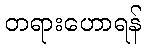
တရားဟောရန်